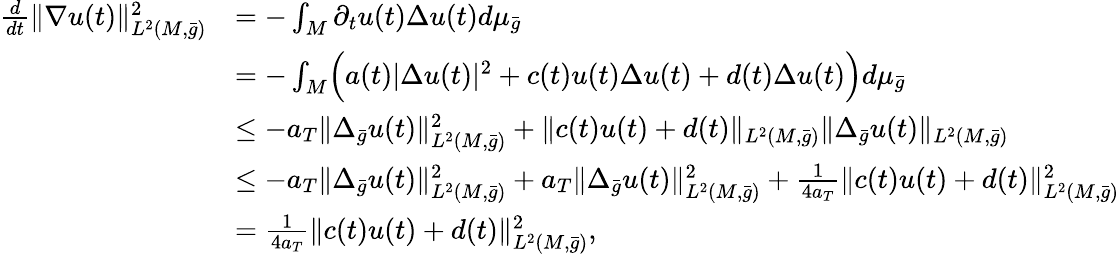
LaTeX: \begin{array}{rl}{\frac{d}{dt}\| \nabla u(t)\| _{L^{2}(M,\bar{g})}^{2}}&{=-\int_{M}\partial_{t}u(t)\Delta u(t)d\mu_{\bar{g}}}\\ &{=-\int_{M}\Bigl(a(t)|\Delta u(t)|^{2}+c(t)u(t)\Delta u(t)+d(t)\Delta u(t)\Bigr)d\mu_{\bar{g}}}\\ &{\le-a_{T}\| \Delta_{\bar{g}}u(t)\| _{L^{2}(M,\bar{g})}^{2}+\| c(t)u(t)+d(t)\| _{L^{2}(M,\bar{g})}\| \Delta_{\bar{g}}u(t)\| _{L^{2}(M,\bar{g})}}\\ &{\le-a_{T}\| \Delta_{\bar{g}}u(t)\| _{L^{2}(M,\bar{g})}^{2}+a_{T}\| \Delta_{\bar{g}}u(t)\| _{L^{2}(M,\bar{g})}^{2}+\frac{1}{4a_{T}}\| c(t)u(t)+d(t)\| _{L^{2}(M,\bar{g})}^{2}}\\ &{=\frac{1}{4a_{T}}\| c(t)u(t)+d(t)\| _{L^{2}(M,\bar{g})}^{2},}\end{array}